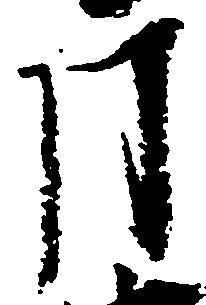
月